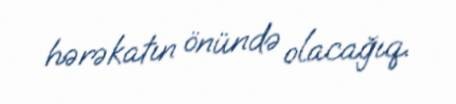
hərəkatın önündə olacağıq.